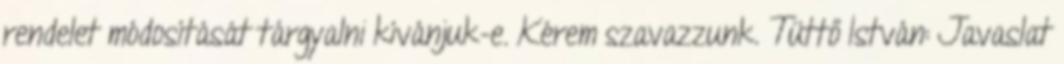
rendelet módosítását tárgyalni kívánjuk-e. Kérem szavazzunk. Tüttő István: Javaslat